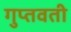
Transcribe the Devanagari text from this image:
गुप्तवती